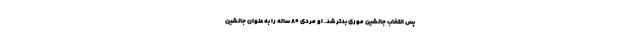
پس انتخاب جانشین موری بدتر شد. او مردی 80 ساله را به عنوان جانشین